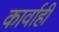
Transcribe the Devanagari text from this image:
कार्वाही